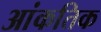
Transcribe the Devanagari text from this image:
आंकतिक